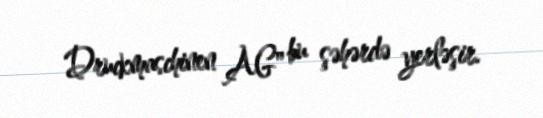
Druckmaschinen AG" bu şəhərdə yerləşir.